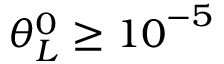
\theta _ { L } ^ { 0 } \ge { { 1 0 } ^ { - 5 } }